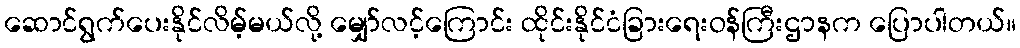
ဆောင်ရွက်ပေးနိုင်လိမ့်မယ်လို့ မျှော်လင့်ကြောင်း ထိုင်းနိုင်ငံခြားရေးဝန်ကြီးဌာနက ပြောပါတယ်။